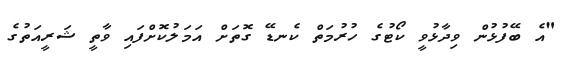
"އެ ބޭފުޅުން ވިދާޅުވީ ކޯޓުގެ ހުރުމަތް ކެނޑޭ ގޮތަށް އަމަލުކޮށްފައި ވާތީ ޝަރީއަތުގެ